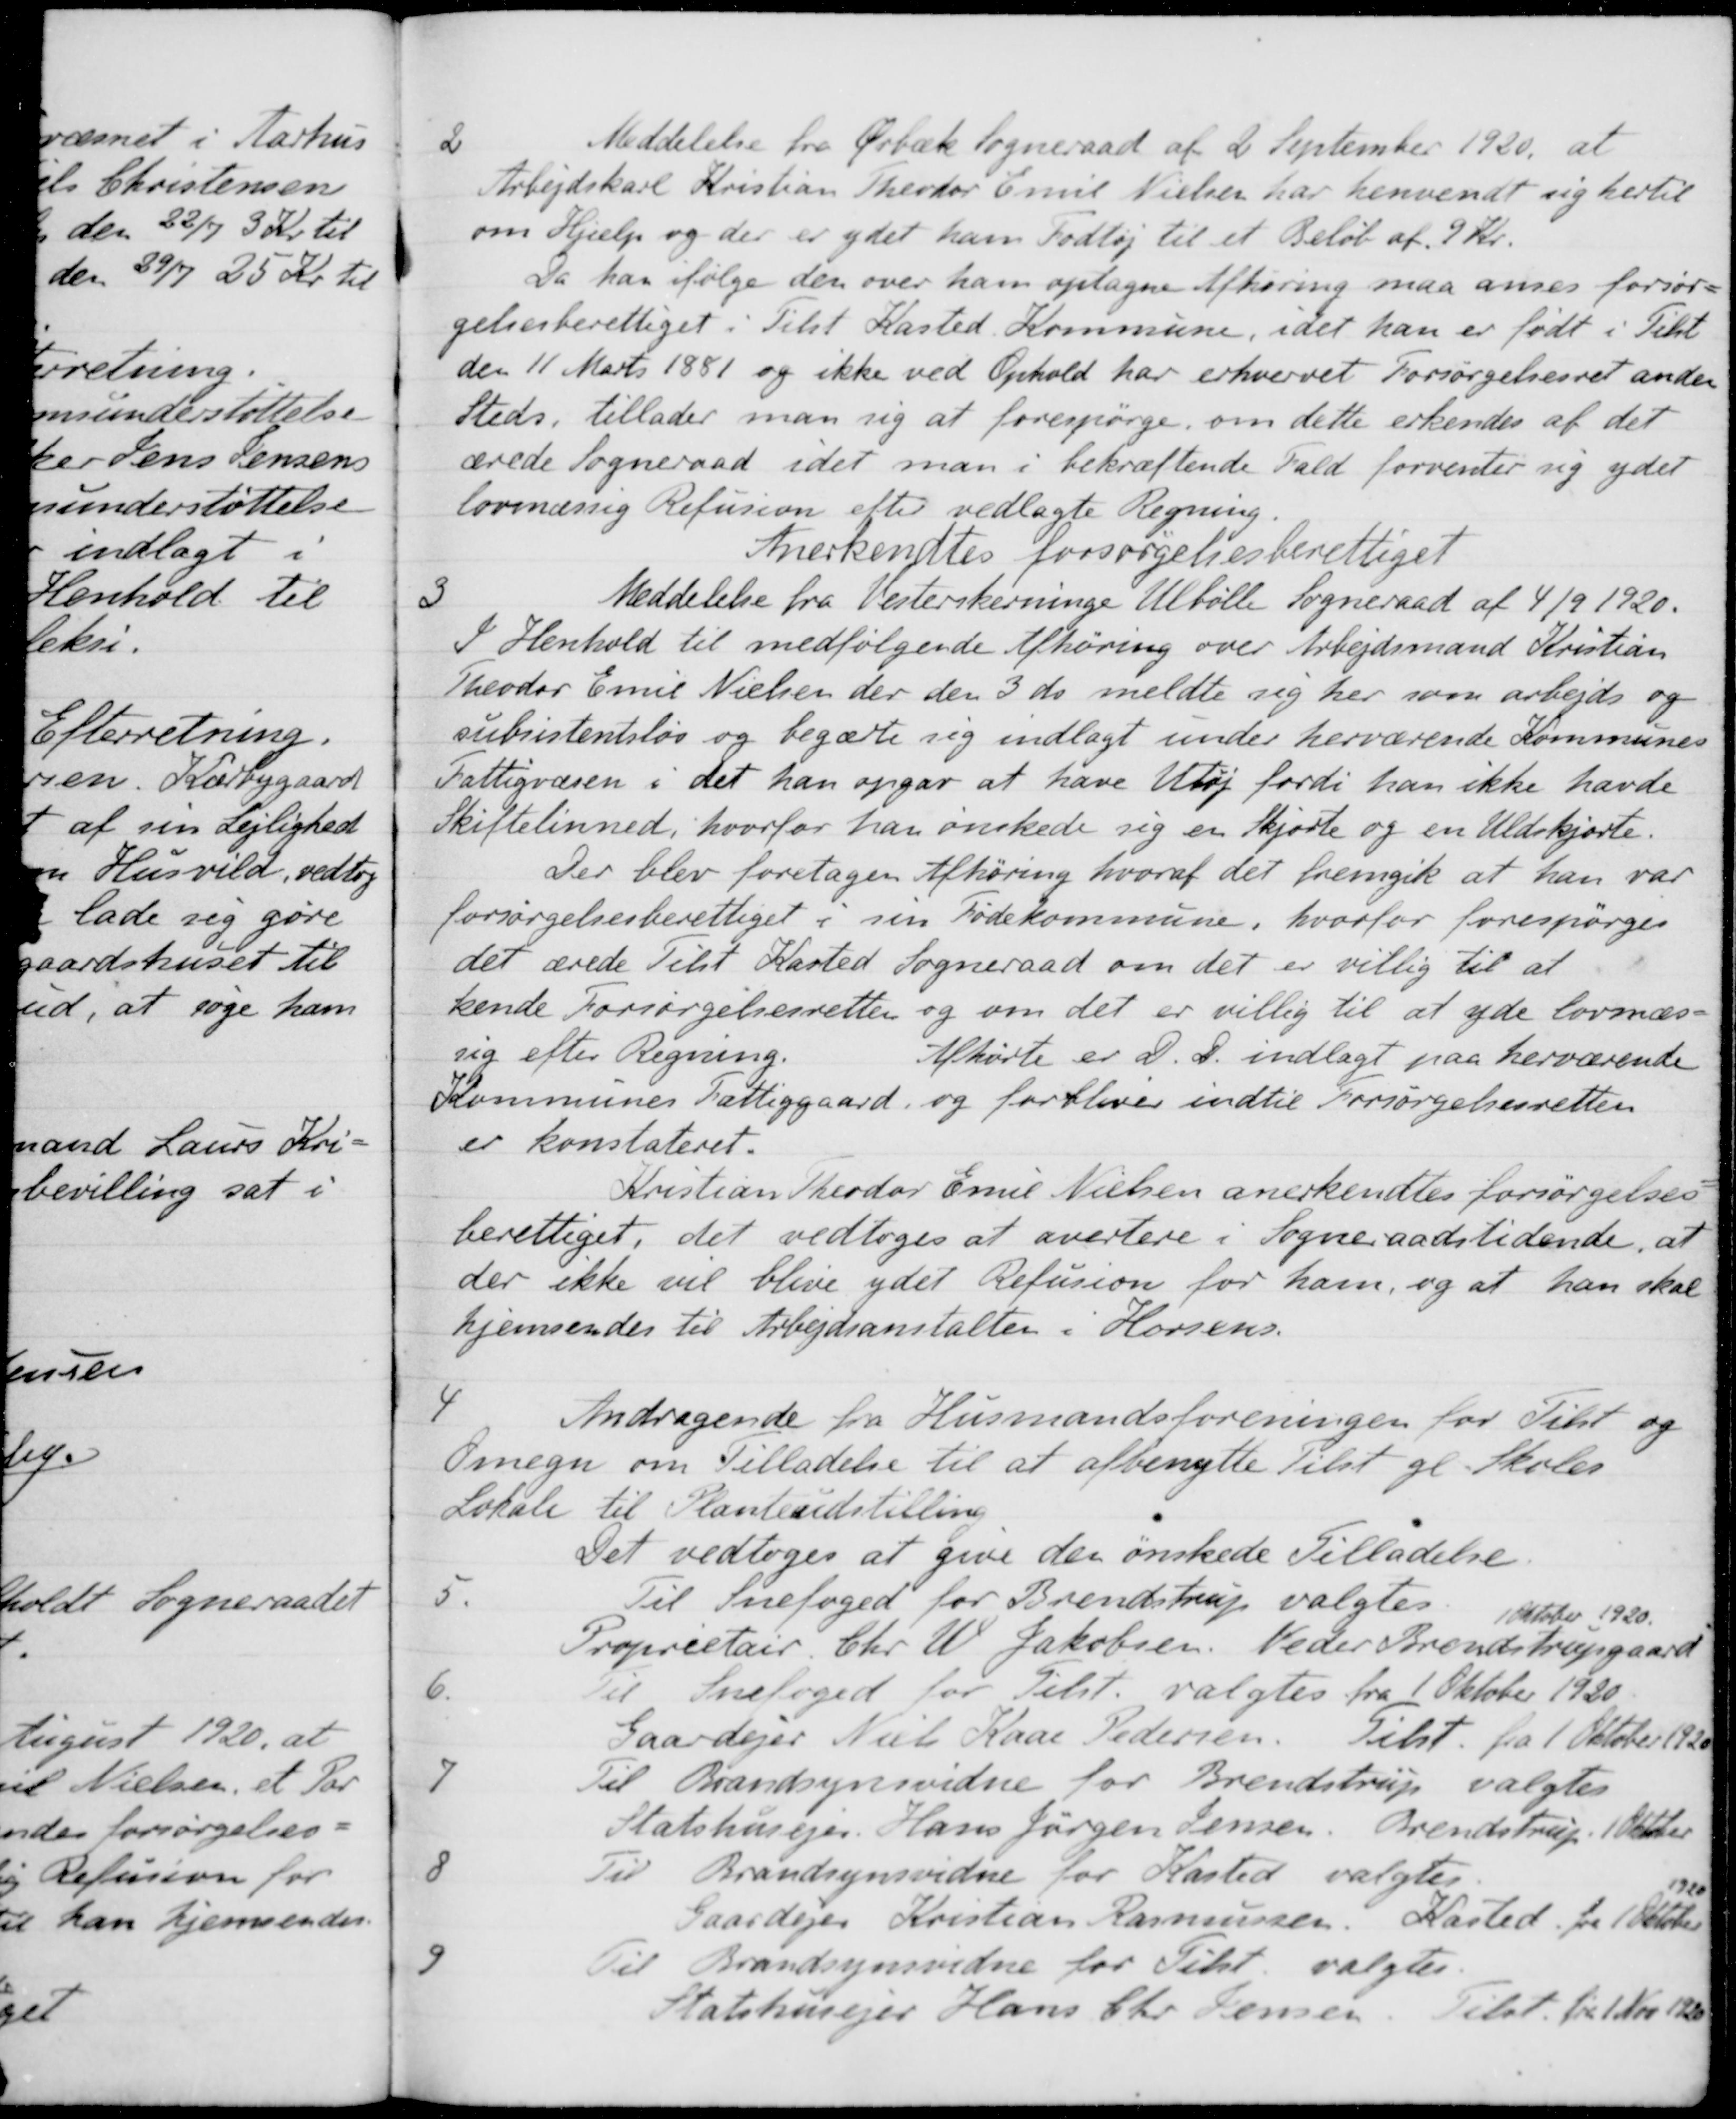
Transskription:
2
Meddelelse fra Ørbæk Sogneraad af 2 September 1920, at
Arbejdskarl Kristian Theodor Emil Nielsen har henvendt sig hertil
om Hjælp og der er ydet ham Fodtøj til et Beløb af 9 Kr.
Da han ifølge den over ham optagne Afhøring maa anses forsør-
gelsesberettiget i Tilst Kasted Kommune, idet han er født i Tilst
den 11 Marts 1881 og ikke ved Ophold har erhvervet Forsørgelsesret anden
Steds, tillader man sig at forespørge om dette erkendes af det
ærede Sogneraad idet man i bekræftende Fald forventer sig ydet
lovmæssig Refusion efter vedlagte Regning.
Anerkendtes forsørgelsesberettiget
3
Meddelelse fra Vesterskevninge Ulbølle Sogneraad af 4/9 1920.
I Henhold til medfølgende Afhøring over Arbejdsmand Kristian
Theodor Emil Nielsen der den 3 ds meldte sig her som arbejds og
subsistentsløs og begærte sig indlagt under herværende Kommunes
Fattigvæsen i det han opgav at have Utøj fordi han ikke havde
Skiftelinned, hvorfor han ønskede sig en Skjorte og en Uldskjorte.
Der blev foretagen Afhøring hvoraf det fremgik at han var
forsørgelsesberettiget i sin Fødekommune, hvorfor forespørges
det ærede Tilst Kasted Sogneraad om det er villig til at aner-
kende Forsørgelsesretten og om det er villig til at yde lovmæs-
sig efter Regning. Afhørte er D. D. indlagt paa herværende
Kommunes Fattiggaard, og forbliver indtil Forsørgelsesretten
er konstateret.
Kristian Theodor Emil Nielsen anerkendtes forsørgelses
berettiget, det vedtoges at avertere i Sogneraadstidende, at
der ikke vil blive ydet Refusion for ham, og at han skal
hjemsendes til Arbejdsanstalten i Horsens.
4
Andragende fra Husmandsforeningen for Tilst og
Omegn om Tilladelse til at afbenytte Tilst gl. Skoles
Lokale til Planteudstilling
Det vedtoges at give den ønskede Tilladelse.
5.
Til Snefoged for Brendstrup valgtes. 1 Oktober 1920.
Proprietair Chr. W. Jakobsen. Neder Brendstrupgaard
6.
Til Snefoged for Tilst. valgtes fra 1 Oktober 1920
Gaardejer Niels Kaae Pedersen. Tilst. fra 1 Oktober 1920
7
Til Brandsynsvidne for Brendstrup valgtes
Statshusejer Hans Jørgen Jensen, Brendstrup. 1 Oktober
8
Til Brandsynsvidne for Kasted valgtes
Gaardejer Kristian Rasmussen, Kasted for 1 Oktober 1920
9
Til Brandsynsvidne for Tilst valgtes.
Statshusejer Hans Chr. Jensen. Tilst. fra 1 Nov. 1920